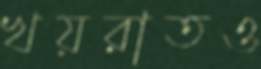
খয়রাতও